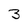
Character: 3